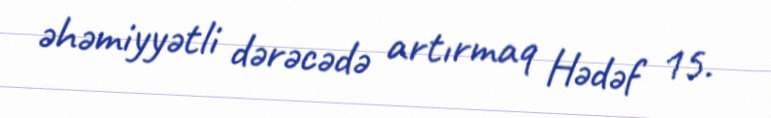
əhəmiyyətli dərəcədə artırmaq Hədəf 15.